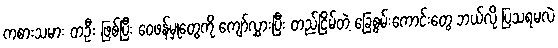
ကစားသမား တဦး ဖြစ်ပြီး ဝေဖန်မှုတွေကို ကျော်လွှားပြီး တည်ငြိမ်တဲ့ ခြေစွမ်းကောင်းတွေ ဘယ်လို ပြသရမလဲ